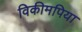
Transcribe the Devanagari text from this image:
विकीमपिया